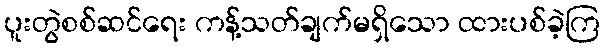
ပူးတွဲစစ်ဆင်ရေး ကန့်သတ်ချက်မရှိသော ထားပစ်ခဲ့ကြ